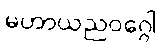
မဟာယညဝဂ္ဂေါ